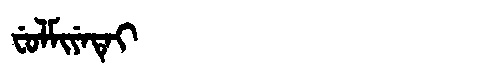
Manchu: ᠸᡠᠯᠮᡳᠶᡝᡨᡝᡳ
Romanization: FULMIYETEI